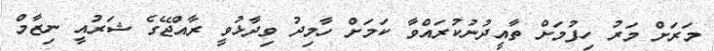
މަރަށް މަރު ހިފުމަށް ތާއީދުނުކުރައްވާ ކަމަށް ހާމިދު ވިދާޅުވީ ރާއްޖޭގެ ޝަރުއީ ނިޒާމް